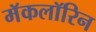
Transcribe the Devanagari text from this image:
मॅकलॉरिन